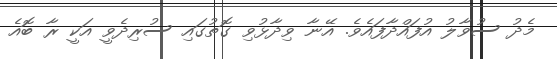
މެދު ސުވާލު އުފައްދާފައެވެ. އޭނާ ވިދާޅުވި ގޮތުގައި ސުރިދެވީ އަކީ ރާ ބޮއެ